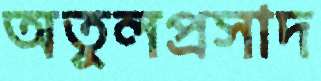
অতুলপ্রসাদ